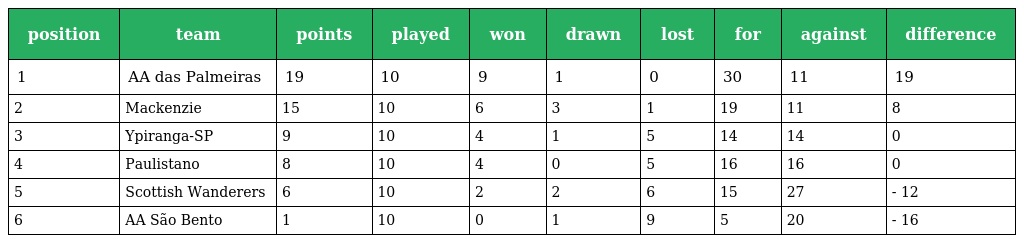
| position | team | points | played | won | drawn | lost | for | against | difference |
 | --- | --- | --- | --- | --- | --- | --- | --- | --- | --- |
 | 1 | AA das Palmeiras | 19 | 10 | 9 | 1 | 0 | 30 | 11 | 19 |
 | 2 | Mackenzie | 15 | 10 | 6 | 3 | 1 | 19 | 11 | 8 |
 | 3 | Ypiranga-SP | 9 | 10 | 4 | 1 | 5 | 14 | 14 | 0 |
 | 4 | Paulistano | 8 | 10 | 4 | 0 | 5 | 16 | 16 | 0 |
 | 5 | Scottish Wanderers | 6 | 10 | 2 | 2 | 6 | 15 | 27 | - 12 |
 | 6 | AA São Bento | 1 | 10 | 0 | 1 | 9 | 5 | 20 | - 16 |